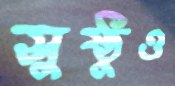
সুষ্ঠুও